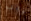
يجب